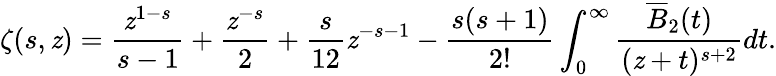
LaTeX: \zeta(s,\mathit{z})=\frac{{\mathit{z}^{1-s}}}{{s-1}}+\frac{{\mathit{z}^{-s}}}{{2}}+\frac{{s}}{{12}}\mathit{z}^{-s-1}-\frac{{s(s+1)}}{{2!}}\int_{0}^{\infty}\frac{{\overline{{{{B}}}}_{2}(t)}}{{(\mathit{z}+t)^{s+2}}}dt.